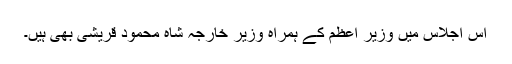
اس اجلاس میں وزیر اعظم کے ہمراہ وزیر خارجہ شاہ محمود قریشی بھی ہیں۔